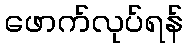
ဖောက်လုပ်ရန်